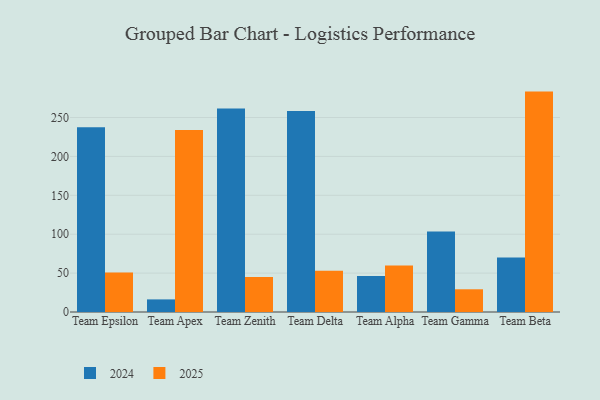
{"axis": {"x": "Team", "y": "Budget (USD K)"}, "legend": ["2024", "2025"], "data": [{"x": "Team Epsilon", "y": 50.8, "type": "2025"}, {"x": "Team Epsilon", "y": 237.6, "type": "2024"}, {"x": "Team Apex", "y": 234.1, "type": "2025"}, {"x": "Team Apex", "y": 16.2, "type": "2024"}, {"x": "Team Zenith", "y": 45.0, "type": "2025"}, {"x": "Team Zenith", "y": 261.7, "type": "2024"}, {"x": "Team Delta", "y": 53.1, "type": "2025"}, {"x": "Team Delta", "y": 258.4, "type": "2024"}, {"x": "Team Alpha", "y": 59.8, "type": "2025"}, {"x": "Team Alpha", "y": 46.3, "type": "2024"}, {"x": "Team Gamma", "y": 29.2, "type": "2025"}, {"x": "Team Gamma", "y": 103.5, "type": "2024"}, {"x": "Team Beta", "y": 283.3, "type": "2025"}, {"x": "Team Beta", "y": 70.2, "type": "2024"}]}